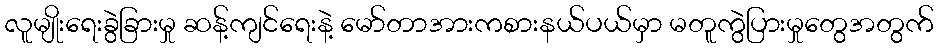
လူမျိုးရေးခွဲခြားမှု ဆန့်ကျင်ရေးနဲ့ မော်တာအားကစားနယ်ပယ်မှာ မတူကွဲပြားမှုတွေအတွက်